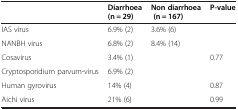
<table><thead><tr><td>[EMPTY_CELL]</td><td><b>Diarrhoea (n = 29)</b></td><td><b>Non diarrhoea (n = 167)</b></td><td><b>P-value</b></td></tr></thead><tbody><tr><td>IAS virus</td><td>6.9% (2)</td><td>3.6% (6)</td><td>[EMPTY_CELL]</td></tr><tr><td>NANBH virus</td><td>6.8% (2)</td><td>8.4% (14)</td><td>[EMPTY_CELL]</td></tr><tr><td>Cosavirus</td><td>3.4% (1)</td><td>[EMPTY_CELL]</td><td>0.77</td></tr><tr><td>Cryptosporidium parvum-virus</td><td>6.9% (2)</td><td>[EMPTY_CELL]</td><td>[EMPTY_CELL]</td></tr><tr><td>Human gyrovirus</td><td>14% (4)</td><td>[EMPTY_CELL]</td><td>0.87</td></tr><tr><td>Aichi virus</td><td>21% (6)</td><td>[EMPTY_CELL]</td><td>0.99</td></tr></tbody></table>